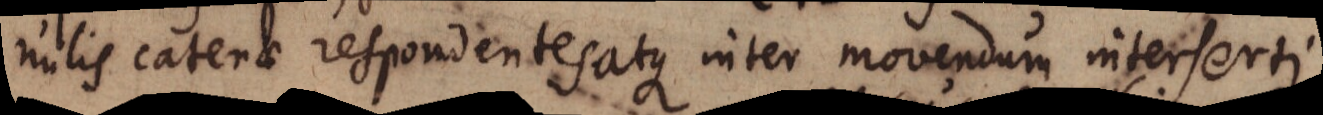
nulis catenae respondentes atque inter movendum interserti